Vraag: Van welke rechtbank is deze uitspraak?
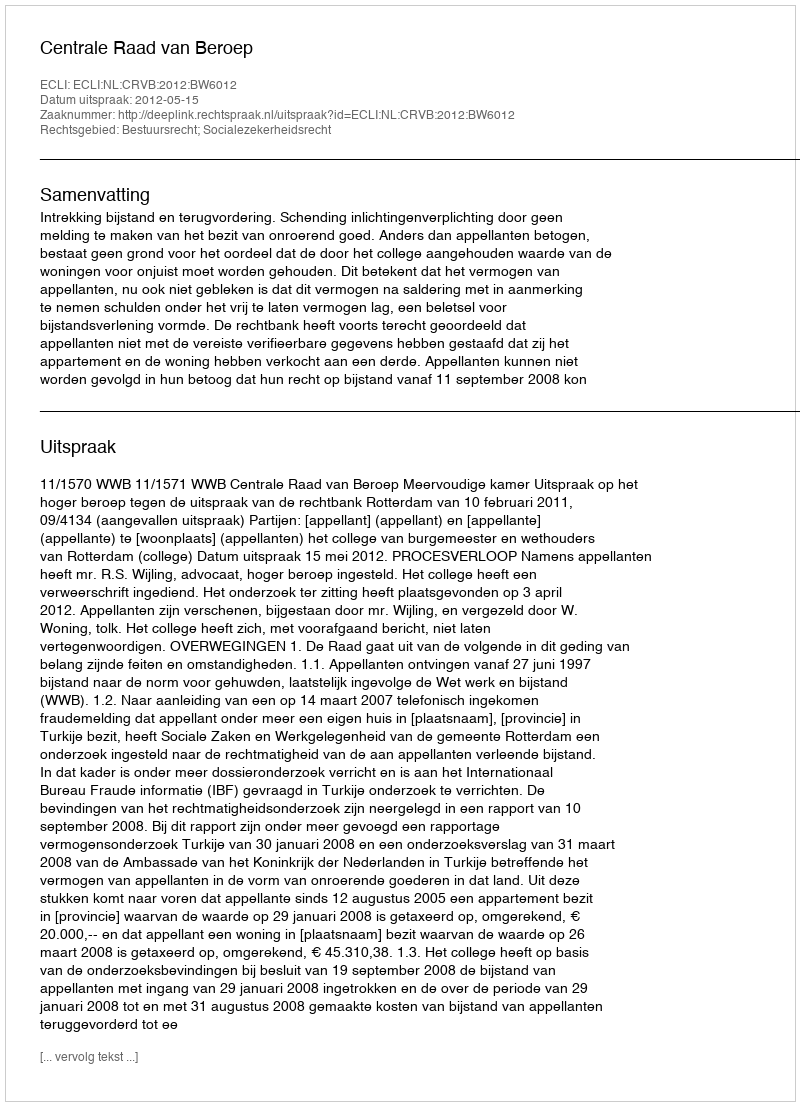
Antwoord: Centrale Raad van Beroep